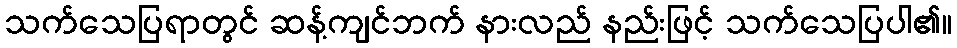
သက်သေပြရာတွင် ဆန့်ကျင်ဘက် နားလည် နည်းဖြင့် သက်သေပြပါ၏။